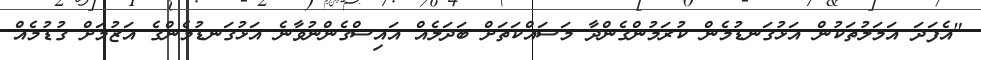
"އެފަދަ އަމަލުތަކުން އަޅުގަނޑުމެން ކުރަމުންގެންދާ މަސައްކަތަށް ބަދަލެއް އައިސްގެންނުވާނެ އަޅުގަނޑުމެންގެ އަޒުމަށް ގުޑުމެއް